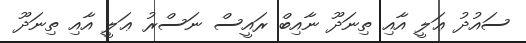
ސައުދު ޢަލީ އާއި ތިނަދޫ ނާއިބް ރައީސް ނަސްރު ޢަލީ އާއި ތިނަދޫ